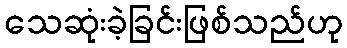
သေဆုံးခဲ့ခြင်းဖြစ်သည်ဟု